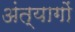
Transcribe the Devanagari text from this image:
अंत्यागों